Report on the working of the mental hospitals for Indians in Bihar and Orissa - 1925-1929
Year: 1925
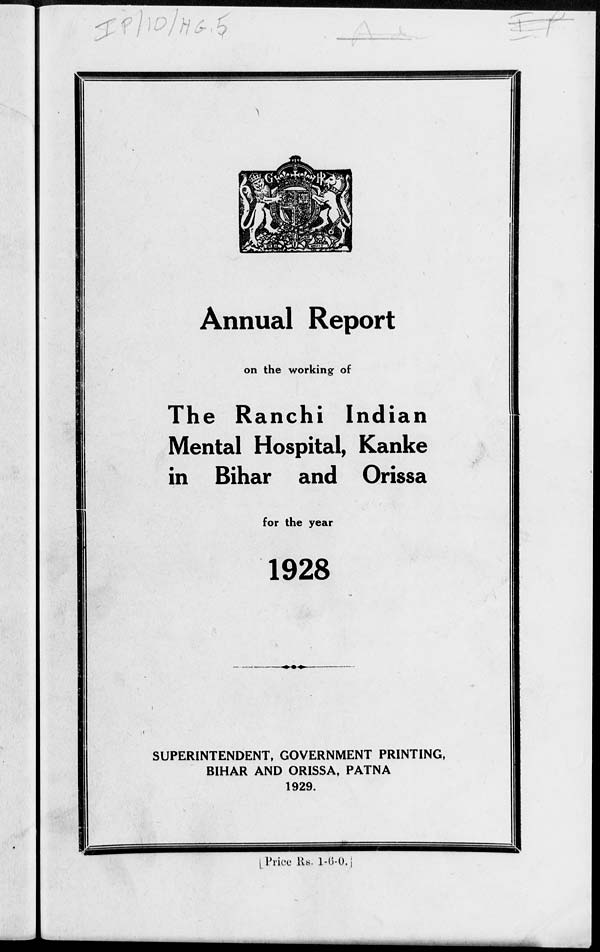
Annual Report
on the working of
The Ranchi Indian
Mental Hospital, Kanke
in Bihar and Orissa
for the year
1928
SUPERINTENDENT, GOVERNMENT PRINTING,
BIHAR AND ORISSA, PATNA
1929.
[Price Rs. 1-6-0.]